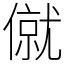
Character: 僦